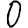
Digit: 0